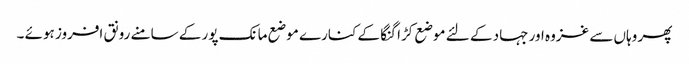
پھر وہاں سے غزوہ اور جہاد کے لئے موضع کڑا گنگا کے کنارے موضع مانک پور کے سامنے رونق افروز ہوئے ۔